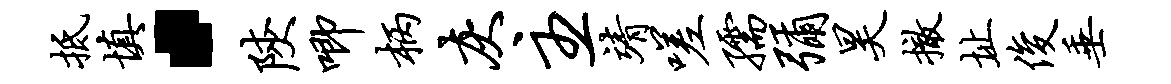
抵填·陕唧柄灰主靖嗟孺弥昊撤址俊垂